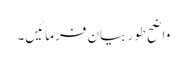
واضح طور بیان فرمائیں۔